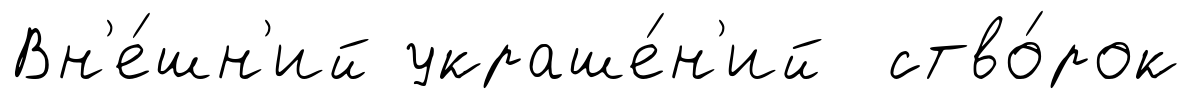
Вн'е́шн'ий украше́н'ий ство́рок